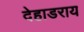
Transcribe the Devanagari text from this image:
देहाडराय